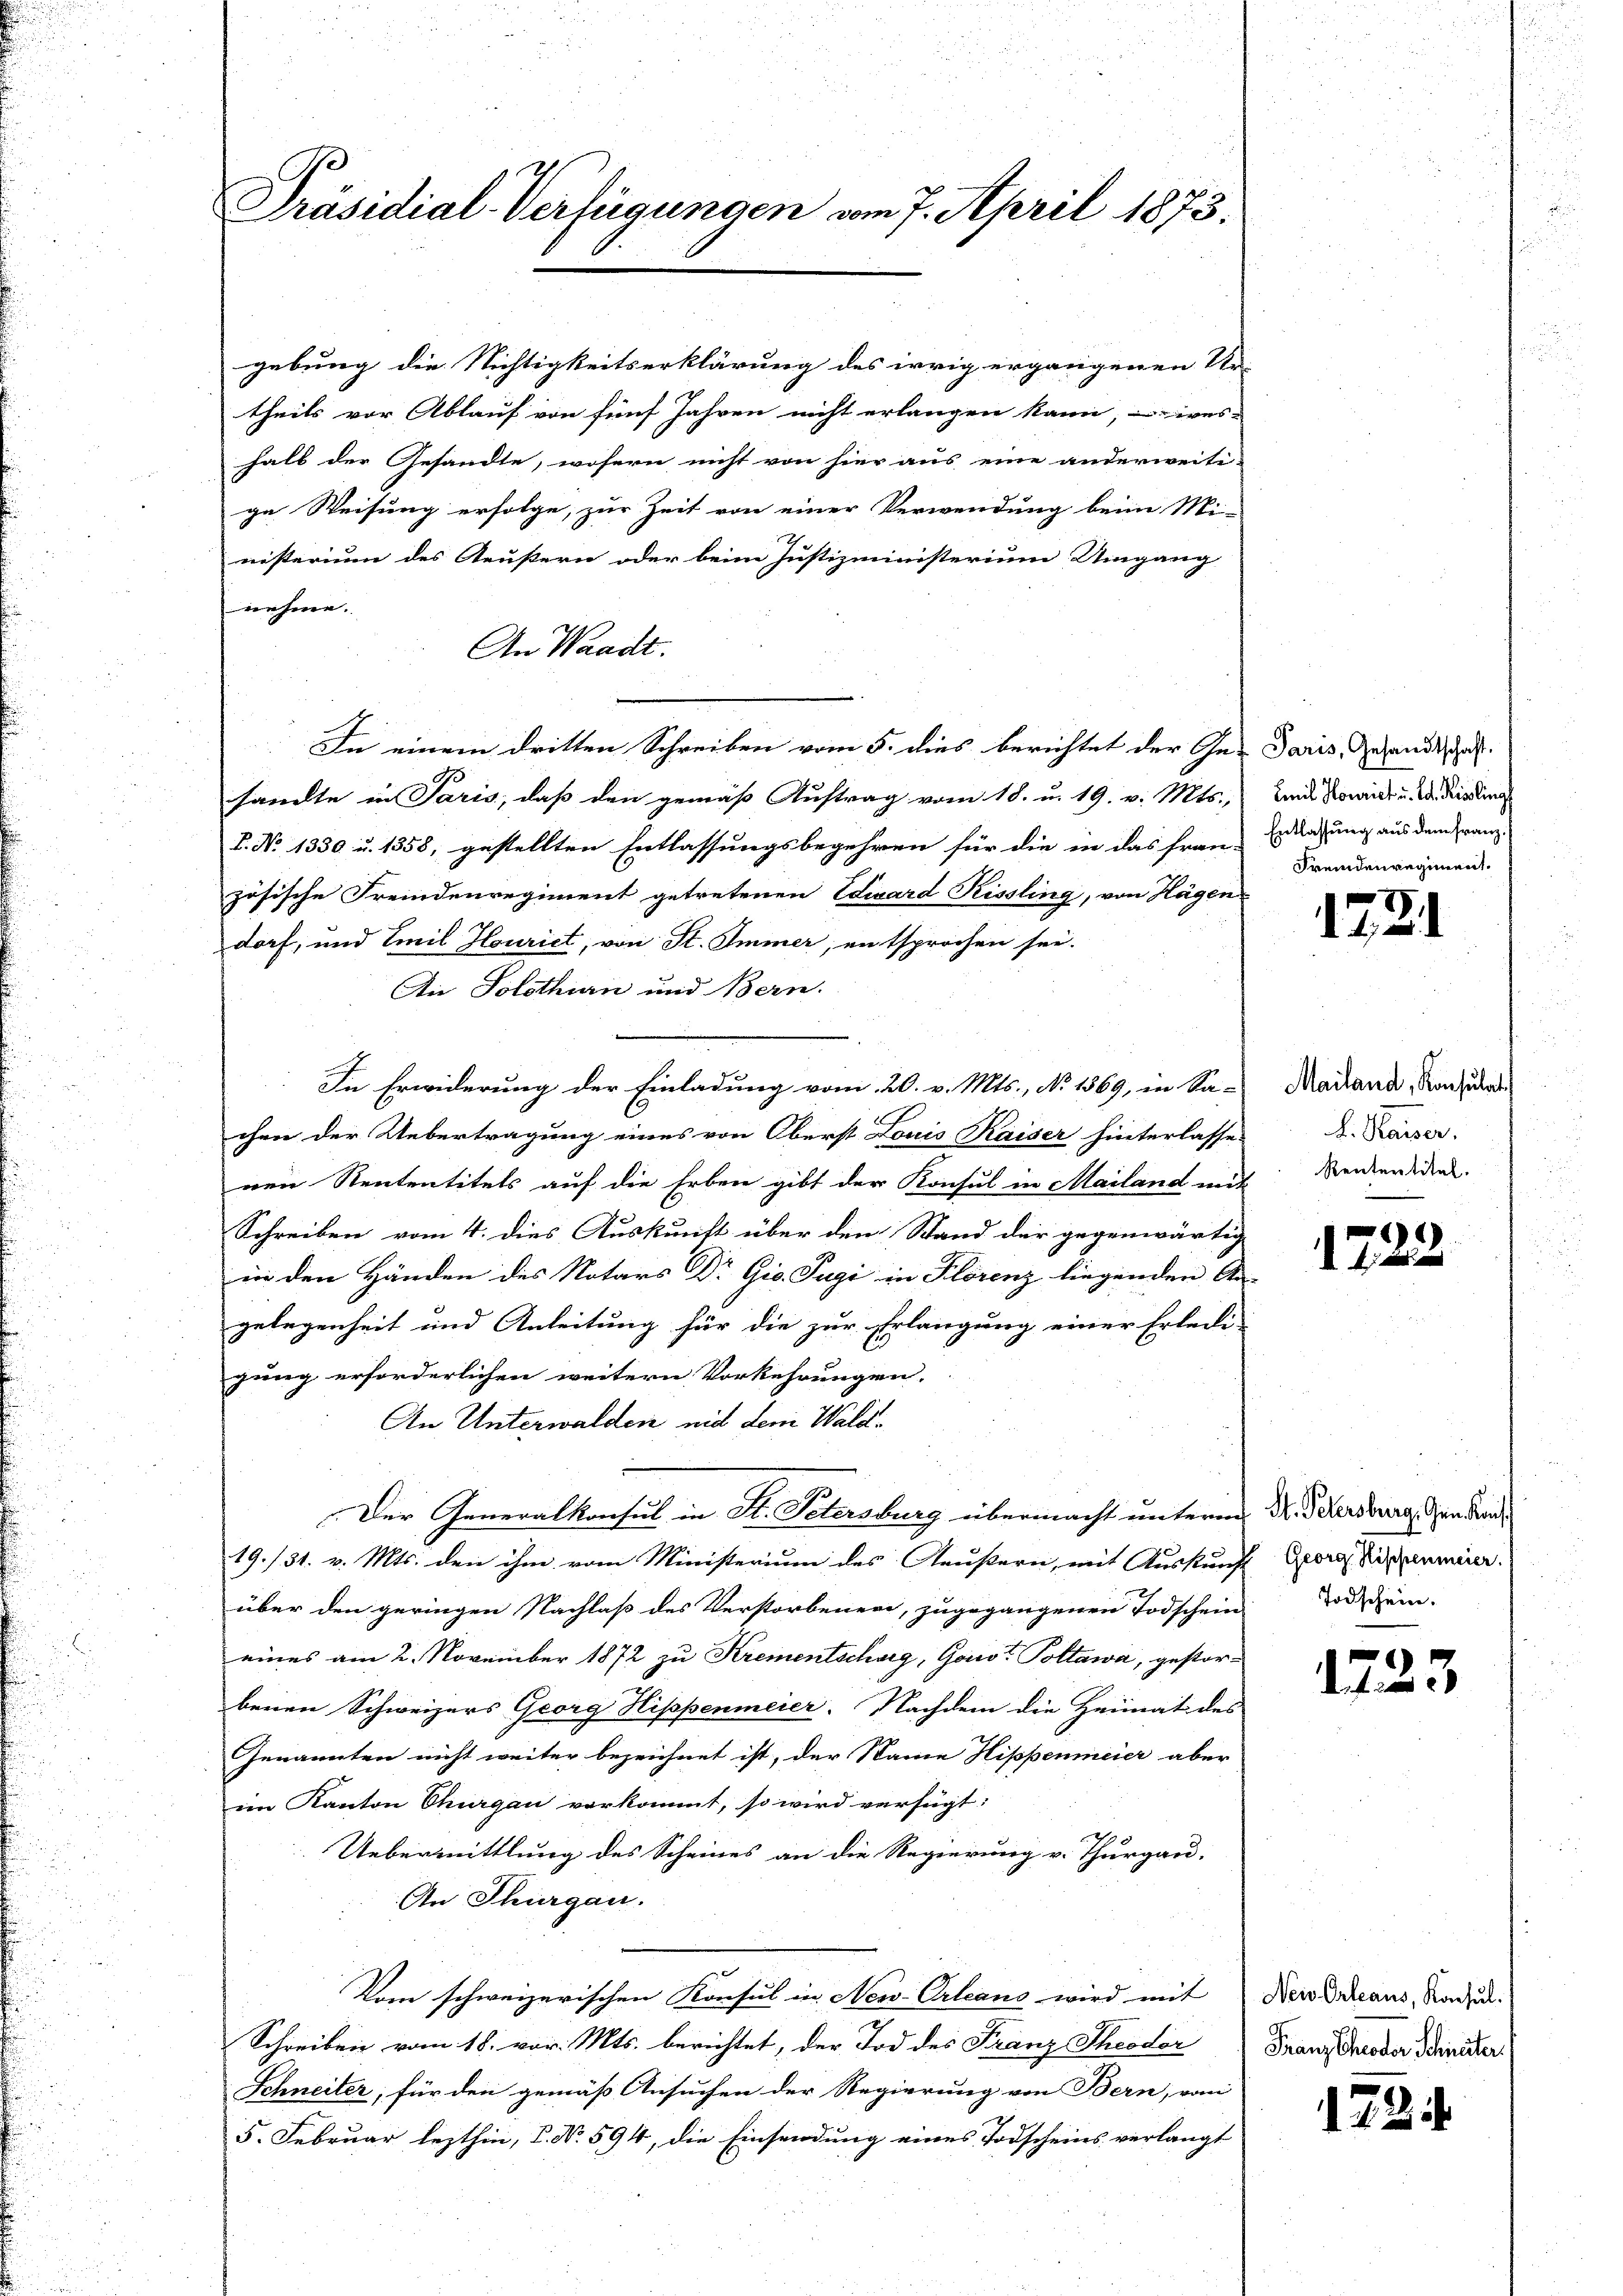
gebung die Nichtigkeitserklärung des irrig ergangenen Ur-
theils vor Ablauf von fünf Jahren nicht erlangen kann, wes-
halb der Gesandte, wofern nicht von hier aus eine anderweiti-
ge Weisung erfolge, zur Zeit von einer Verwendung beim Mi-
nisterium des Aeußern oder beim Justizministerium Umgang
nehme.
An Waadt.
In einem dritten Schreiben vom 5. dies berichtet der Ge- Daris, Gesandt, das
sandte in Paris, daß den gemäß Auftrag vom 18. u. 19. v. Mts.,
L. No 1350 u. 1358, gestellten Entlassungsbegehren für die in das Frau, Erdahung aus dem Franz-
zösische Fremdenregiment getretenen Eduard Rissling, von Hägen
dorf, und Emil Hlouriet, von St. Immer, entsprochen sei.
An Solothian und Bern.
In Erwiderung der Einladung vom 20. v. Mts., No 1369, in Sa-
chen der Uebertragung eines von Oberst Louis Kaiser hinterlasse
nen Rententitels auf die Erben gibt der Konsul in Mailand mit
Schreiben vom 4. dies Auskunft über den Stand der gegenwärtig
in den Händen des Notars Dr Gic. Tugi in Florenz liegenden An-
gelegenheit und Anleitung für die zur Erlangung einer Erledi-
gung erforderlichen weitern Vorkehrungen.
An Unterwalden nid den Wald¬
Der Generalkonsul in St. Petersburg übermacht unterm N. Petersburg, den der
19./31. v. Mts. den ihm vom Ministerium des Aeußern, mit Auskunft-
über den geringen Nachlaß des Verstorbener, zugegangenen Todschein Tod dein
eines am 2. November 1872 zu Krementscharg, Geist Pottawa, gestorbenen Schweizers Georg Hippenmeier. Nachdem die Heimat des
Genannten nicht weiter bezeichnet ist, der Name Hippenmeier aber
im Kanton Thurgau vorkommt, so wird verfügt:
Uebermittlung des Scheines an die Regierung v. Thurgau.
An Thurgau.
Vom schweizerischen Konsul in New-Orleans wird mit
Schreiben vom 18. vor. Mts. berichtet, der Tod des Franz Theodor
Schneiter, für den gemäß Ansuchen der Regierung von Bern, vom
5. Februar lezthin, P. Nr. 594, die Einsendung eines Todscheins verlangt

Präsidial-Verfügungen vom 7. April 1873.

Emil Houriet u. Ed. Kisling
Fremdenregiment.

7
1731

Mailand, Konsulat
L. Kaiser.
Rententitel.

1
t

Georg, Hippenmeier.

1723

New-Orleaus, Konsul.)
Franz Theodor Schreiter.

1724